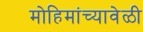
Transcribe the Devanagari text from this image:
मोहिमांच्यावेळी